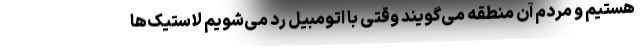
هستیم و مردم آن منطقه می‌گویند وقتی با اتومبیل رد می‌شویم لاستیک‌ها